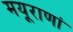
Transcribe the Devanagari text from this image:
मयूराणां